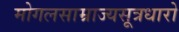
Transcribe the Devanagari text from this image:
मोगलसाम्राज्यसूत्रधारो